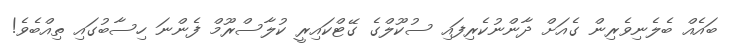
ބައެއް ބެލެނިވެރިން ގެއަށް ދާންނުކެރިފައި ސުކޫލްގެ ގޭޓްކައިރީ ކުލާސްރޫމް ފެންނަ ހިސާބުގައި ތިއްބެވެ!